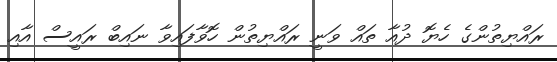
ރައްޔިތުންގެ ހެޔޮ ދުއާ ތައް ވަނީ ރައްޔިތުން ހޮވާފައިވާ ނައިބް ރައީސް އާއި